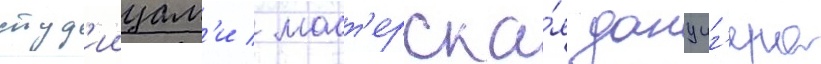
студ'иицам'и / маст'ерска́я данциг'ера